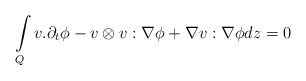
\begin{align*}\int\limits_{Q} v.\partial_{t}\phi- v\otimes v:\nabla \phi+\nabla v:\nabla \phi dz=0\end{align*}